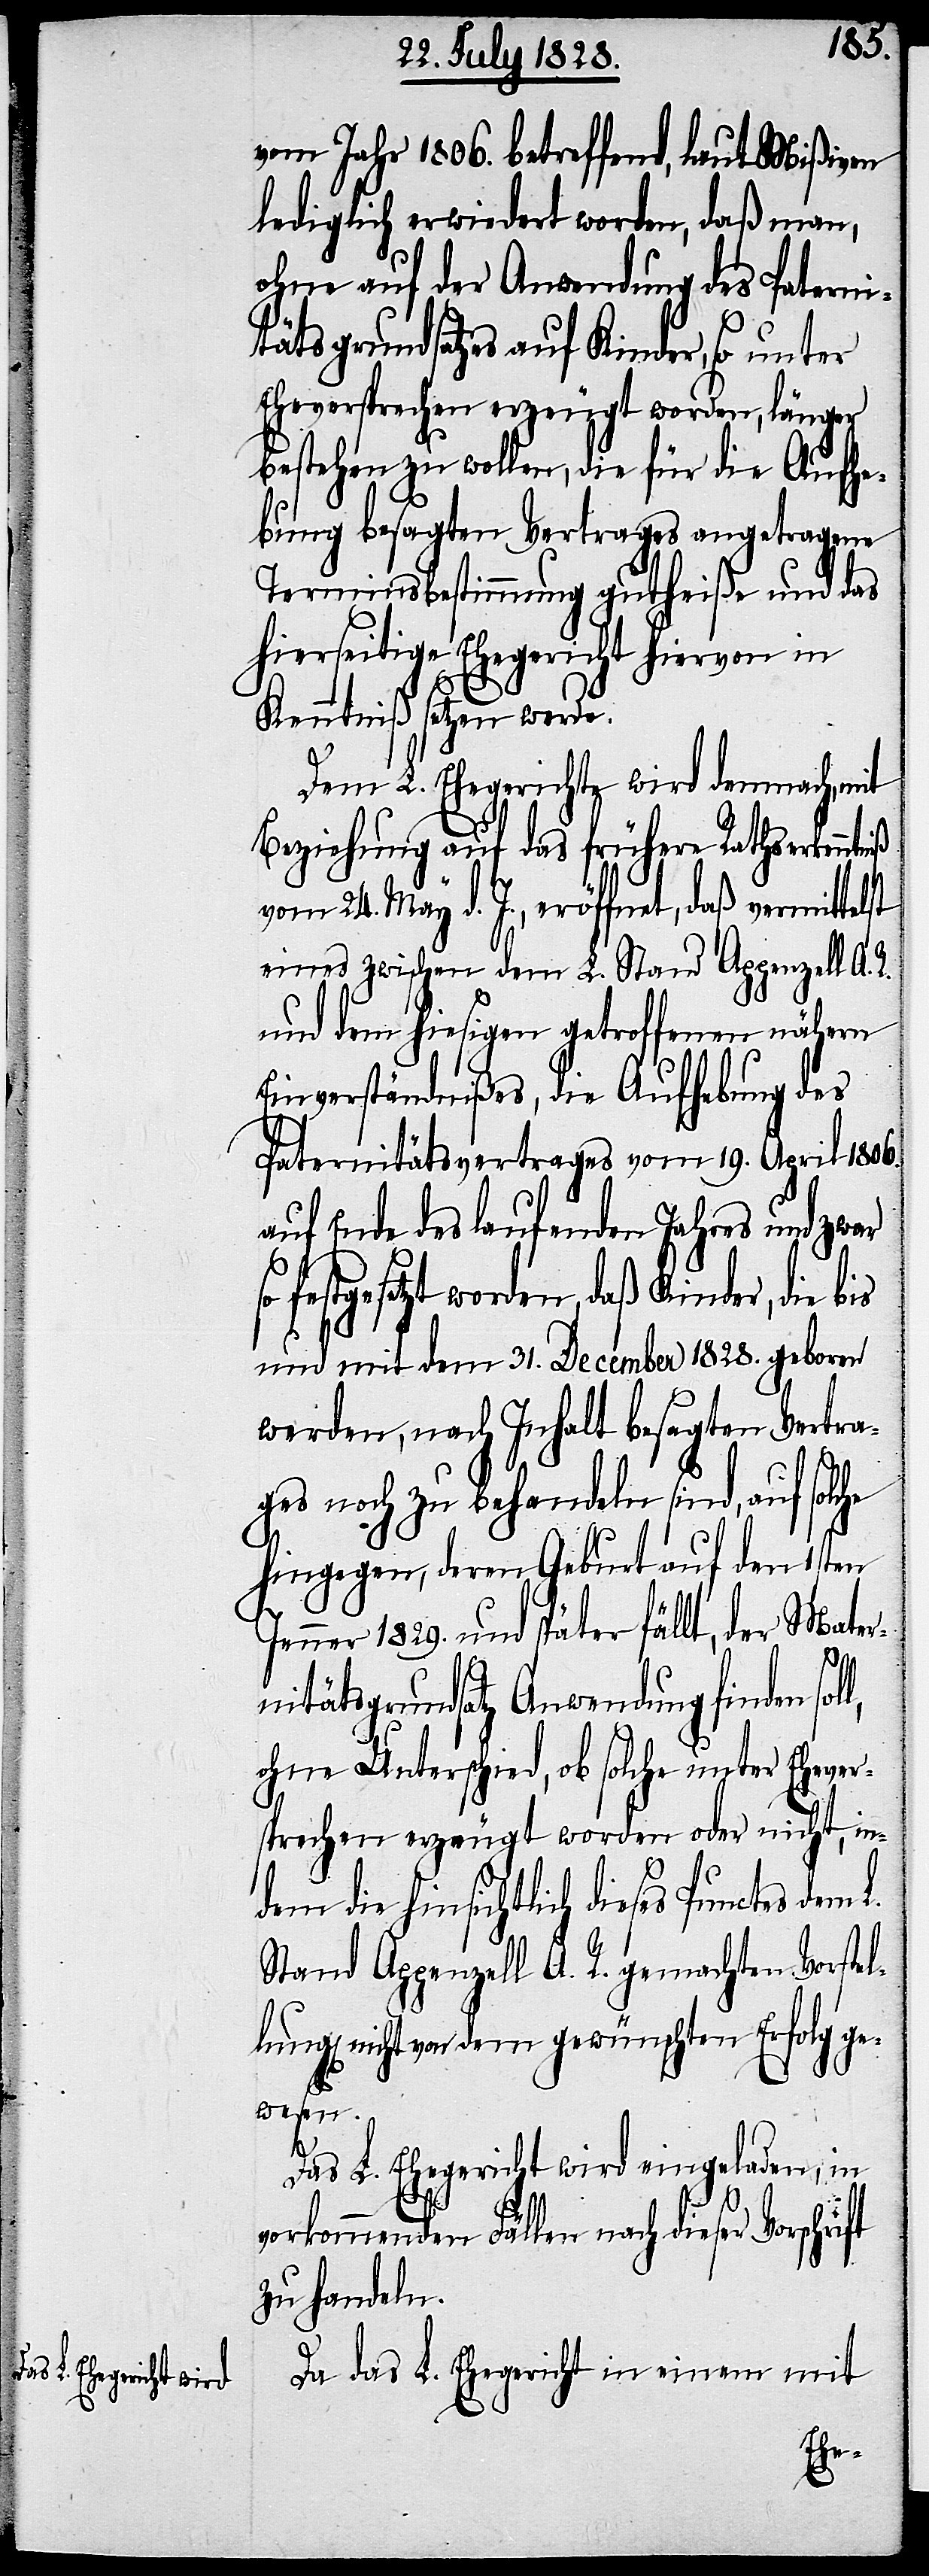
vom Jahr 1806. betreffend, laut Mißiven
lediglich erwiedert worden, daß man,
ohne auf der Anwendung des Paterni¬
tätsgrundsatzes auf Kinder, so unter
Eheversprechung erzeugt worden, länger
bestehen zu wollen, die für die Aufhe¬
bung besagten Vertrages angetragene
Terminsbestimmung gutheiße und das
hierseitige Ehegericht hiervon in
Kenntniß setzen werde.
Dem L. Ehegerichte wird demnach, mit
Beziehung auf das frühere Rathserkenntn¬
vom 24. May d. J., eröffnet, daß vermitt¬
eines zwischen dem L. Stand Appenzell A.
und dem hiesigen getroffenen nähern
Einverständnißes, die Aufhebung des
Paternitätsvertrages vom 19. April 1806.
auf Ende des laufenden Jahres und zwar
festgesetzt worden, daß Kinder, die bis
und mit dem 31. December 1828. geboren
werden, nach Inhalt besagten Vertra¬
ges noch zu behandeln sind, auf sol¬
hingegen, deren Geburt auf den 1sten
Jenner 1829. und später fällt, der Mater¬
elst
nitätsgrundsatz Anwendung finden sol¬
ohne Unterschied, ob solche unter Ehever¬
sprechen erzeugt worden oder nicht, in¬
dem die hinsichtlich dieses Punctes dem
Stand Appenzell A. R. gemachten Vorste¬
llung nicht von dem gewünschten Erfolg ge¬
wesen.
Das L. Ehegericht wird eingeladen, in
vorkommenden Fällen nach dieser
zu handeln.
Da das L. Ehegericht in einem mit
che